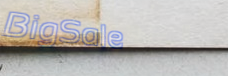
BigSale